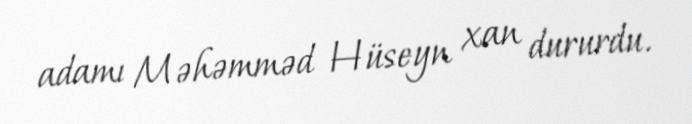
adamı Məhəmməd Hüseyn xan dururdu.